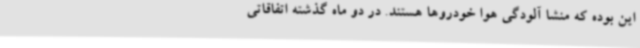
این بوده که منشا آلودگی هوا خودروها هستند. در دو ماه گذشته اتفاقاتی